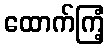
ထောက်ကြံ့